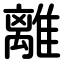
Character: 離